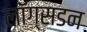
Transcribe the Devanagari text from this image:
लॉग्सडन